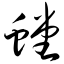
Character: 螳